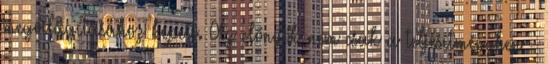
megvilágításához képest. Az előnyök nem csak a teljesítményben -